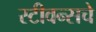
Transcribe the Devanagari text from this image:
स्टीवन्सचे